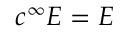
c ^ { \infty } E = E